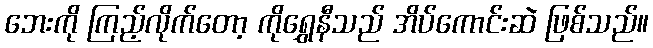
ဘေးကို ကြည့်လိုက်တော့ ကိုရွှေနီသည် အိပ်ကောင်းဆဲ ဖြစ်သည်။